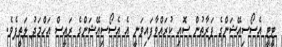
ޓީޓީ އެސޯސިއޭޝަންގެ ފަރާތުން ސޮއި ކުރައްވާފައިވަނީ އެ އެސޯސިއޭޝަންގެ ރައީސް އަހްމަދު ލަތީފެވެ.